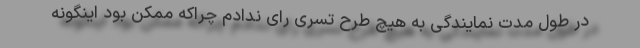
در طول مدت نمایندگی به هیچ طرح تسری رای ندادم چراکه ممکن بود اینگونه